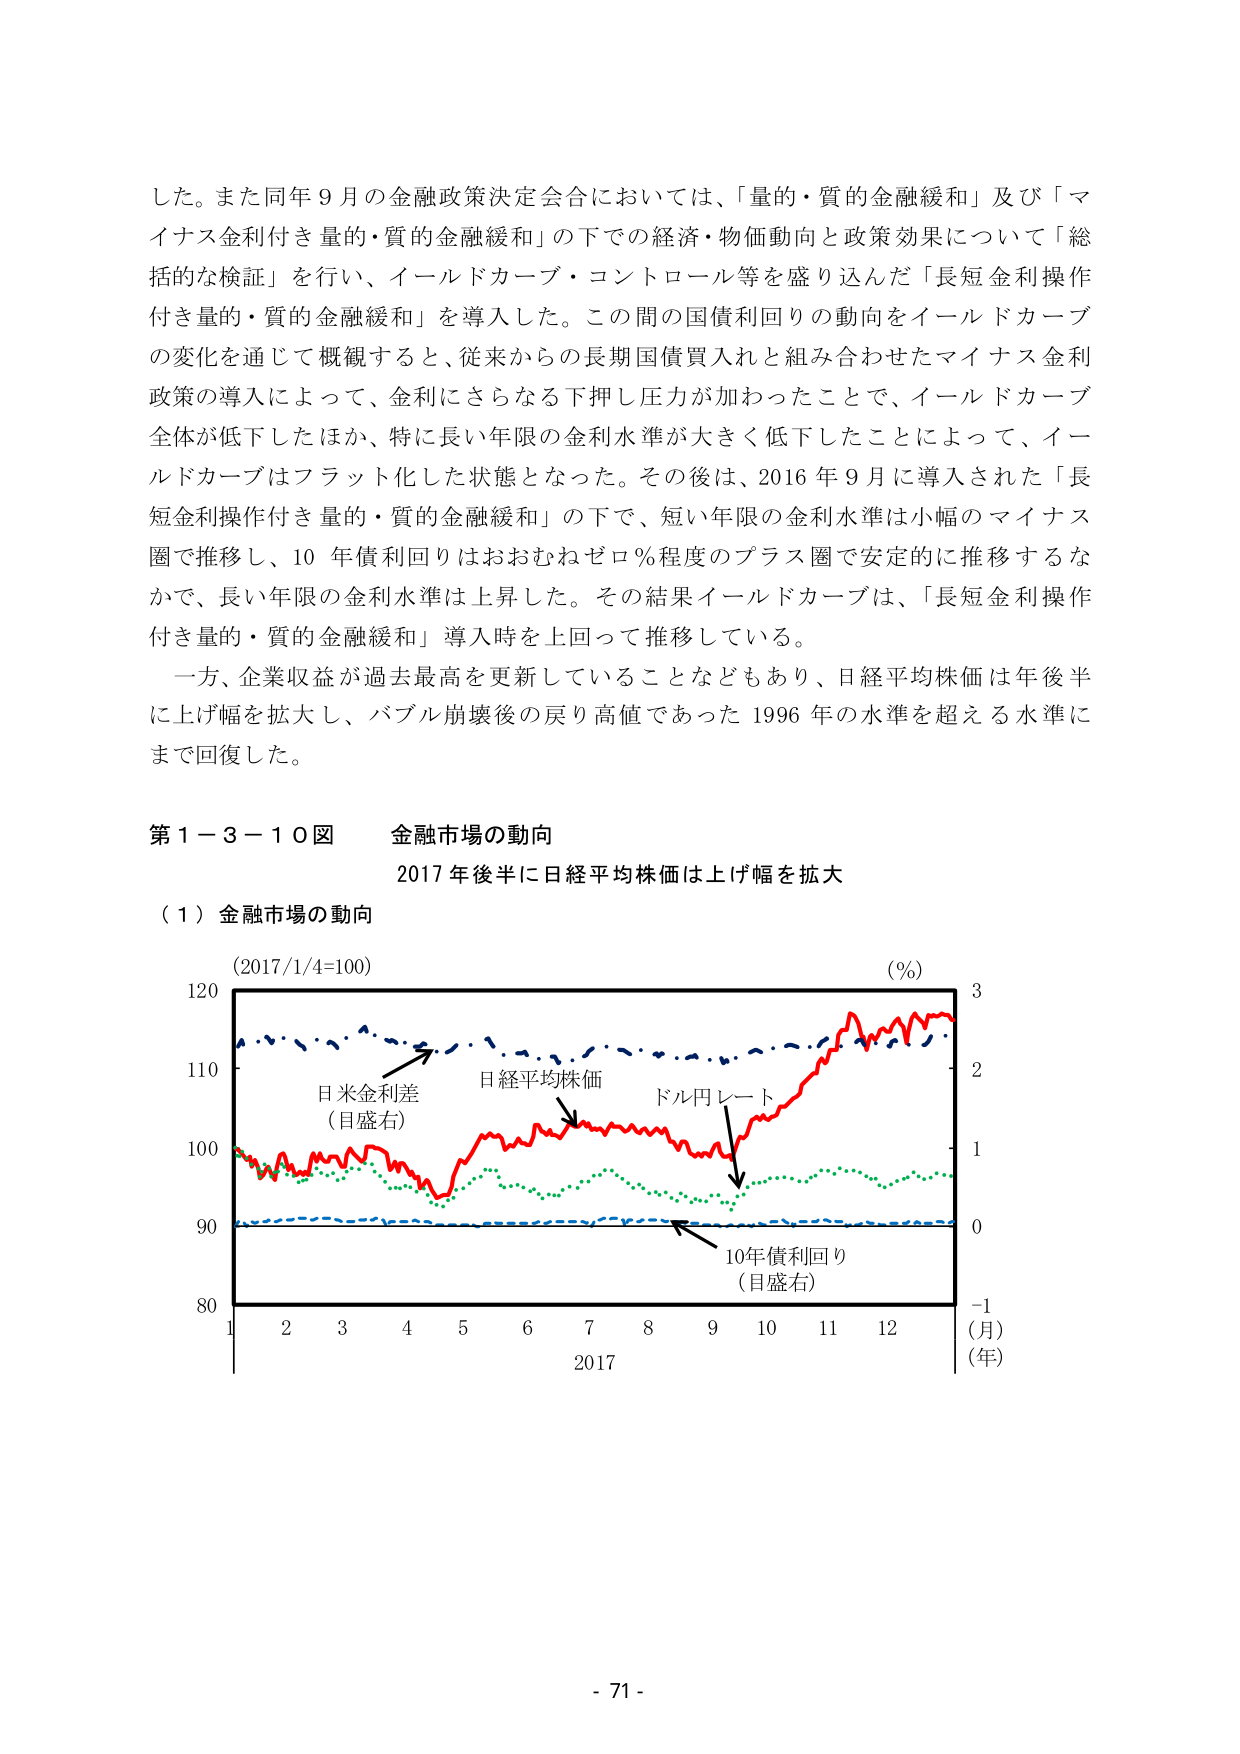
した。また同年９月の金融政策決定会合においては、「量的・質的金融緩和」及び「マイナス金利付き量的・質的金融緩和」の下での経済・物価動向と政策効果について「総括的な検証」を行い、イールドカーブ・コントロール等を盛り込んだ「長短金利操作付き量的・質的金融緩和」を導入した。この間の国債利回りの動向をイールドカーブの変化を通じて概観すると、従来からの長期国債買入れと組み合わせたマイナス金利政策の導入によって、金利にさらなる下押し圧力が加わったことで、イールドカーブ全体が低下したほか、特に長い年限の金利水準が大きく低下したことによって、イールドカーブはフラット化した状態となった。その後は、2016年９月に導入された「長短金利操作付き量的・質的金融緩和」の下で、短い年限の金利水準は小幅のマイナス圏で推移し、10年債利回りはおおむねゼロ％程度のプラス圏で安定的に推移するなかで、長い年限の金利水準は上昇した。その結果イールドカーブは、「長短金利操作付き量的・質的金融緩和」導入時を上回って推移している。

一方、企業収益が過去最高を更新していることなどもあり、日経平均株価は年後半に上げ幅を拡大し、バブル崩壊後の戻り高値であった1996年の水準を超える水準にまで回復した。

第１－３－１０図　金融市場の動向
2017年後半に日経平均株価は上げ幅を拡大

（１）金融市場の動向

（2017/1/4=100）　　　　　　　　　　　　　　　　　　　　（％）
120　　　　　　　　　　　　　　　　　　　　　　　　　　　　3
　　　　　　　　　　　　　　　　　　　　　　　　　　　　　　2
110　　　　　　　　　　　　　　　　　　　　　　　　　　　　1
　　　　　　　　　　　　　　　　　　　　　　　　　　　　　　0
100　　　　　　　　　　　　　　　　　　　　　　　　　　　　-1
　　　　　　　　　　　　　　　　　　　　　　　　　　　　　　（月）
90　　　　　　　　　　　　　　　　　　　　　　　　　　　　　（年）
80
　1　　2　　3　　4　　5　　6　　7　　8　　9　　10　　11　　12
　　　　　　　　　　　　　　　　　　　　　　　　　　　　2017

日米金利差
（目盛右）
日経平均株価
ドル円レート
10年債利回り
（目盛右）

- 71 -